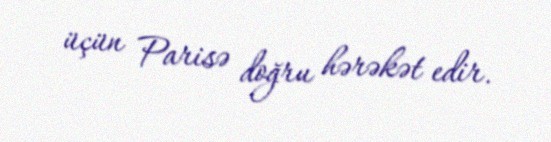
üçün Parisə doğru hərəkət edir.